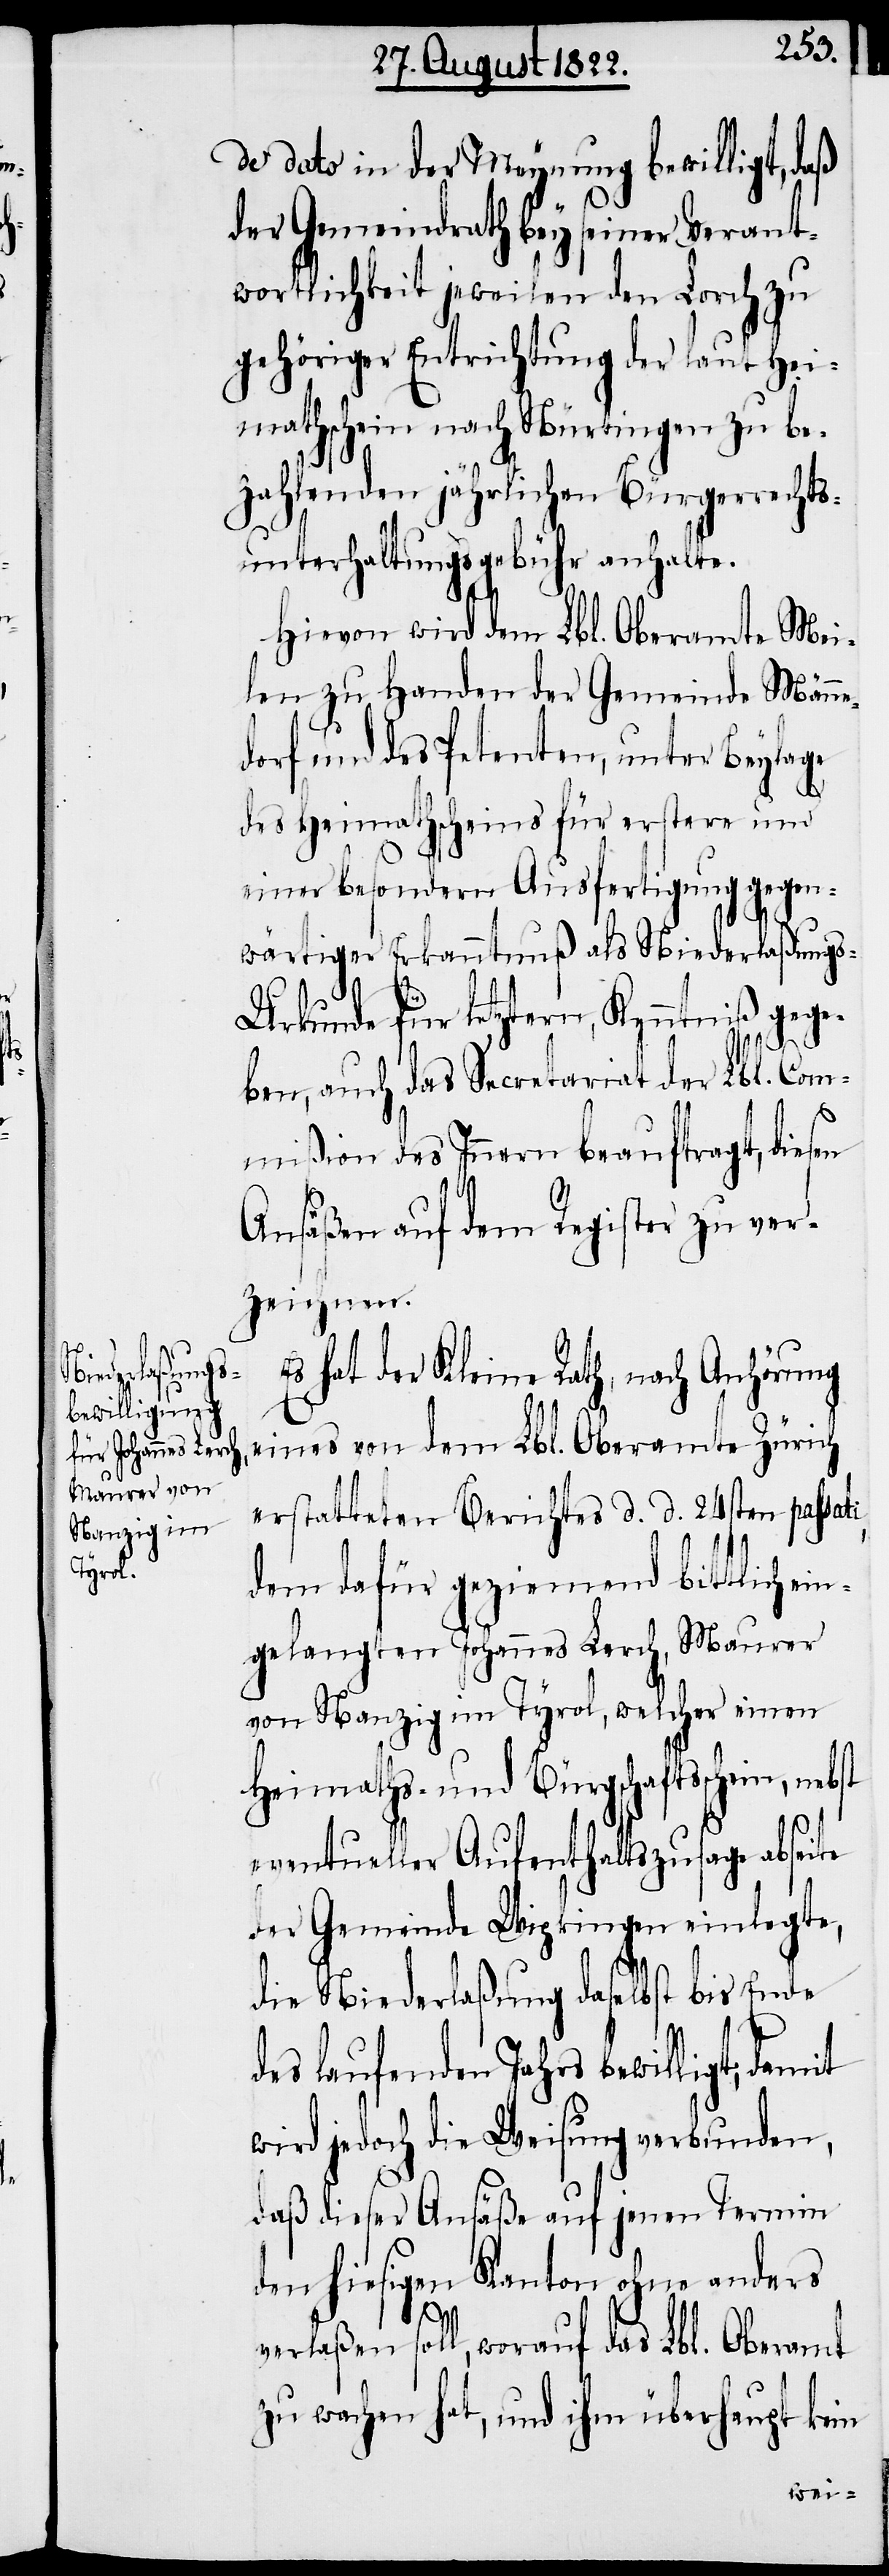
de dato in der Meynung bewilligt, daß
der Gemeindrath bey seiner Verant¬
wortlichkeit jeweilen den Lorch zu
gehöriger Entrichtung der laut Hei¬
mathschein nach Nürtingen zu be¬
zahlenden jährlichen Bürgerrechts¬
unterhaltungsgebühr anhalte.
Hievon wird dem Lbl. Oberamte Mei¬
len zu Handen der Gemeinde Männe¬
dorf und des Petenten, unter Beylage
des Heimathscheins für erstere und
einer besondern Ausfertigung gegen¬
wärtiger Erkanntnuß als Niederlaßung¬
i,
s-Urkunde für letztern, Kenntniß gege¬
ben, auch das Secretariat der Lbl. Com¬
mißion des Innern beauftragt, diesen
Ansäßen auf dem Register zu ver¬
zeichnen.
Es hat der Kleine Rath, nach Anhörung
eines von dem Lbl. Oberamte Zürich
erstatteten Berichtes d. d. 24sten passat¬
dem dafür geziemend bittlich
gelangten Johannes Lerch, Maurer
von Nanzig im Tyrol, welcher einen
Heimaths- und Bürgschaftsschein,
eventueller Aufenthaltszusage abseite
der Gemeinde Wipkingen einlegte,
die Niederlaßung daselbst bis Ende
des laufenden Jahrs bewilligt, damit
wird jedoch die Weisung verbunden,
daß dieser Ansäße auf jenen Termin
den hiesigen Kanton ohne anders
verlaßen soll, worauf das Lbl. Oberamt
zu wachen hat, und ihm überhaupt kein
ein¬